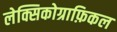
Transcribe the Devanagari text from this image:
लेक्सिकोग्राफ़िकल